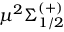
\mu { } ^ { 2 } \Sigma _ { 1 / 2 } ^ { ( + ) }